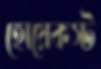
হোয়েকস্ট